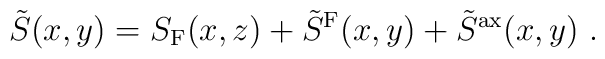
\tilde{S}(x,y) = S_{\rm F}(x,z) + \tilde{S}^{\rm F}(x,y)+\tilde{S}^{\rm ax}(x,y) \ .